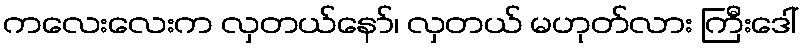
ကလေးလေးက လှတယ်နော်၊ လှတယ် မဟုတ်လား ကြီးဒေါ်